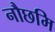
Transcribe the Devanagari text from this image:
नौछमि